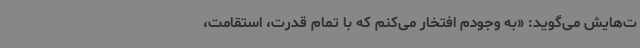
ت‌هایش می‌گوید: «به وجودم افتخار می‌کنم که با تمام قدرت، استقامت،